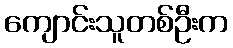
ကျောင်းသူတစ်ဦးက